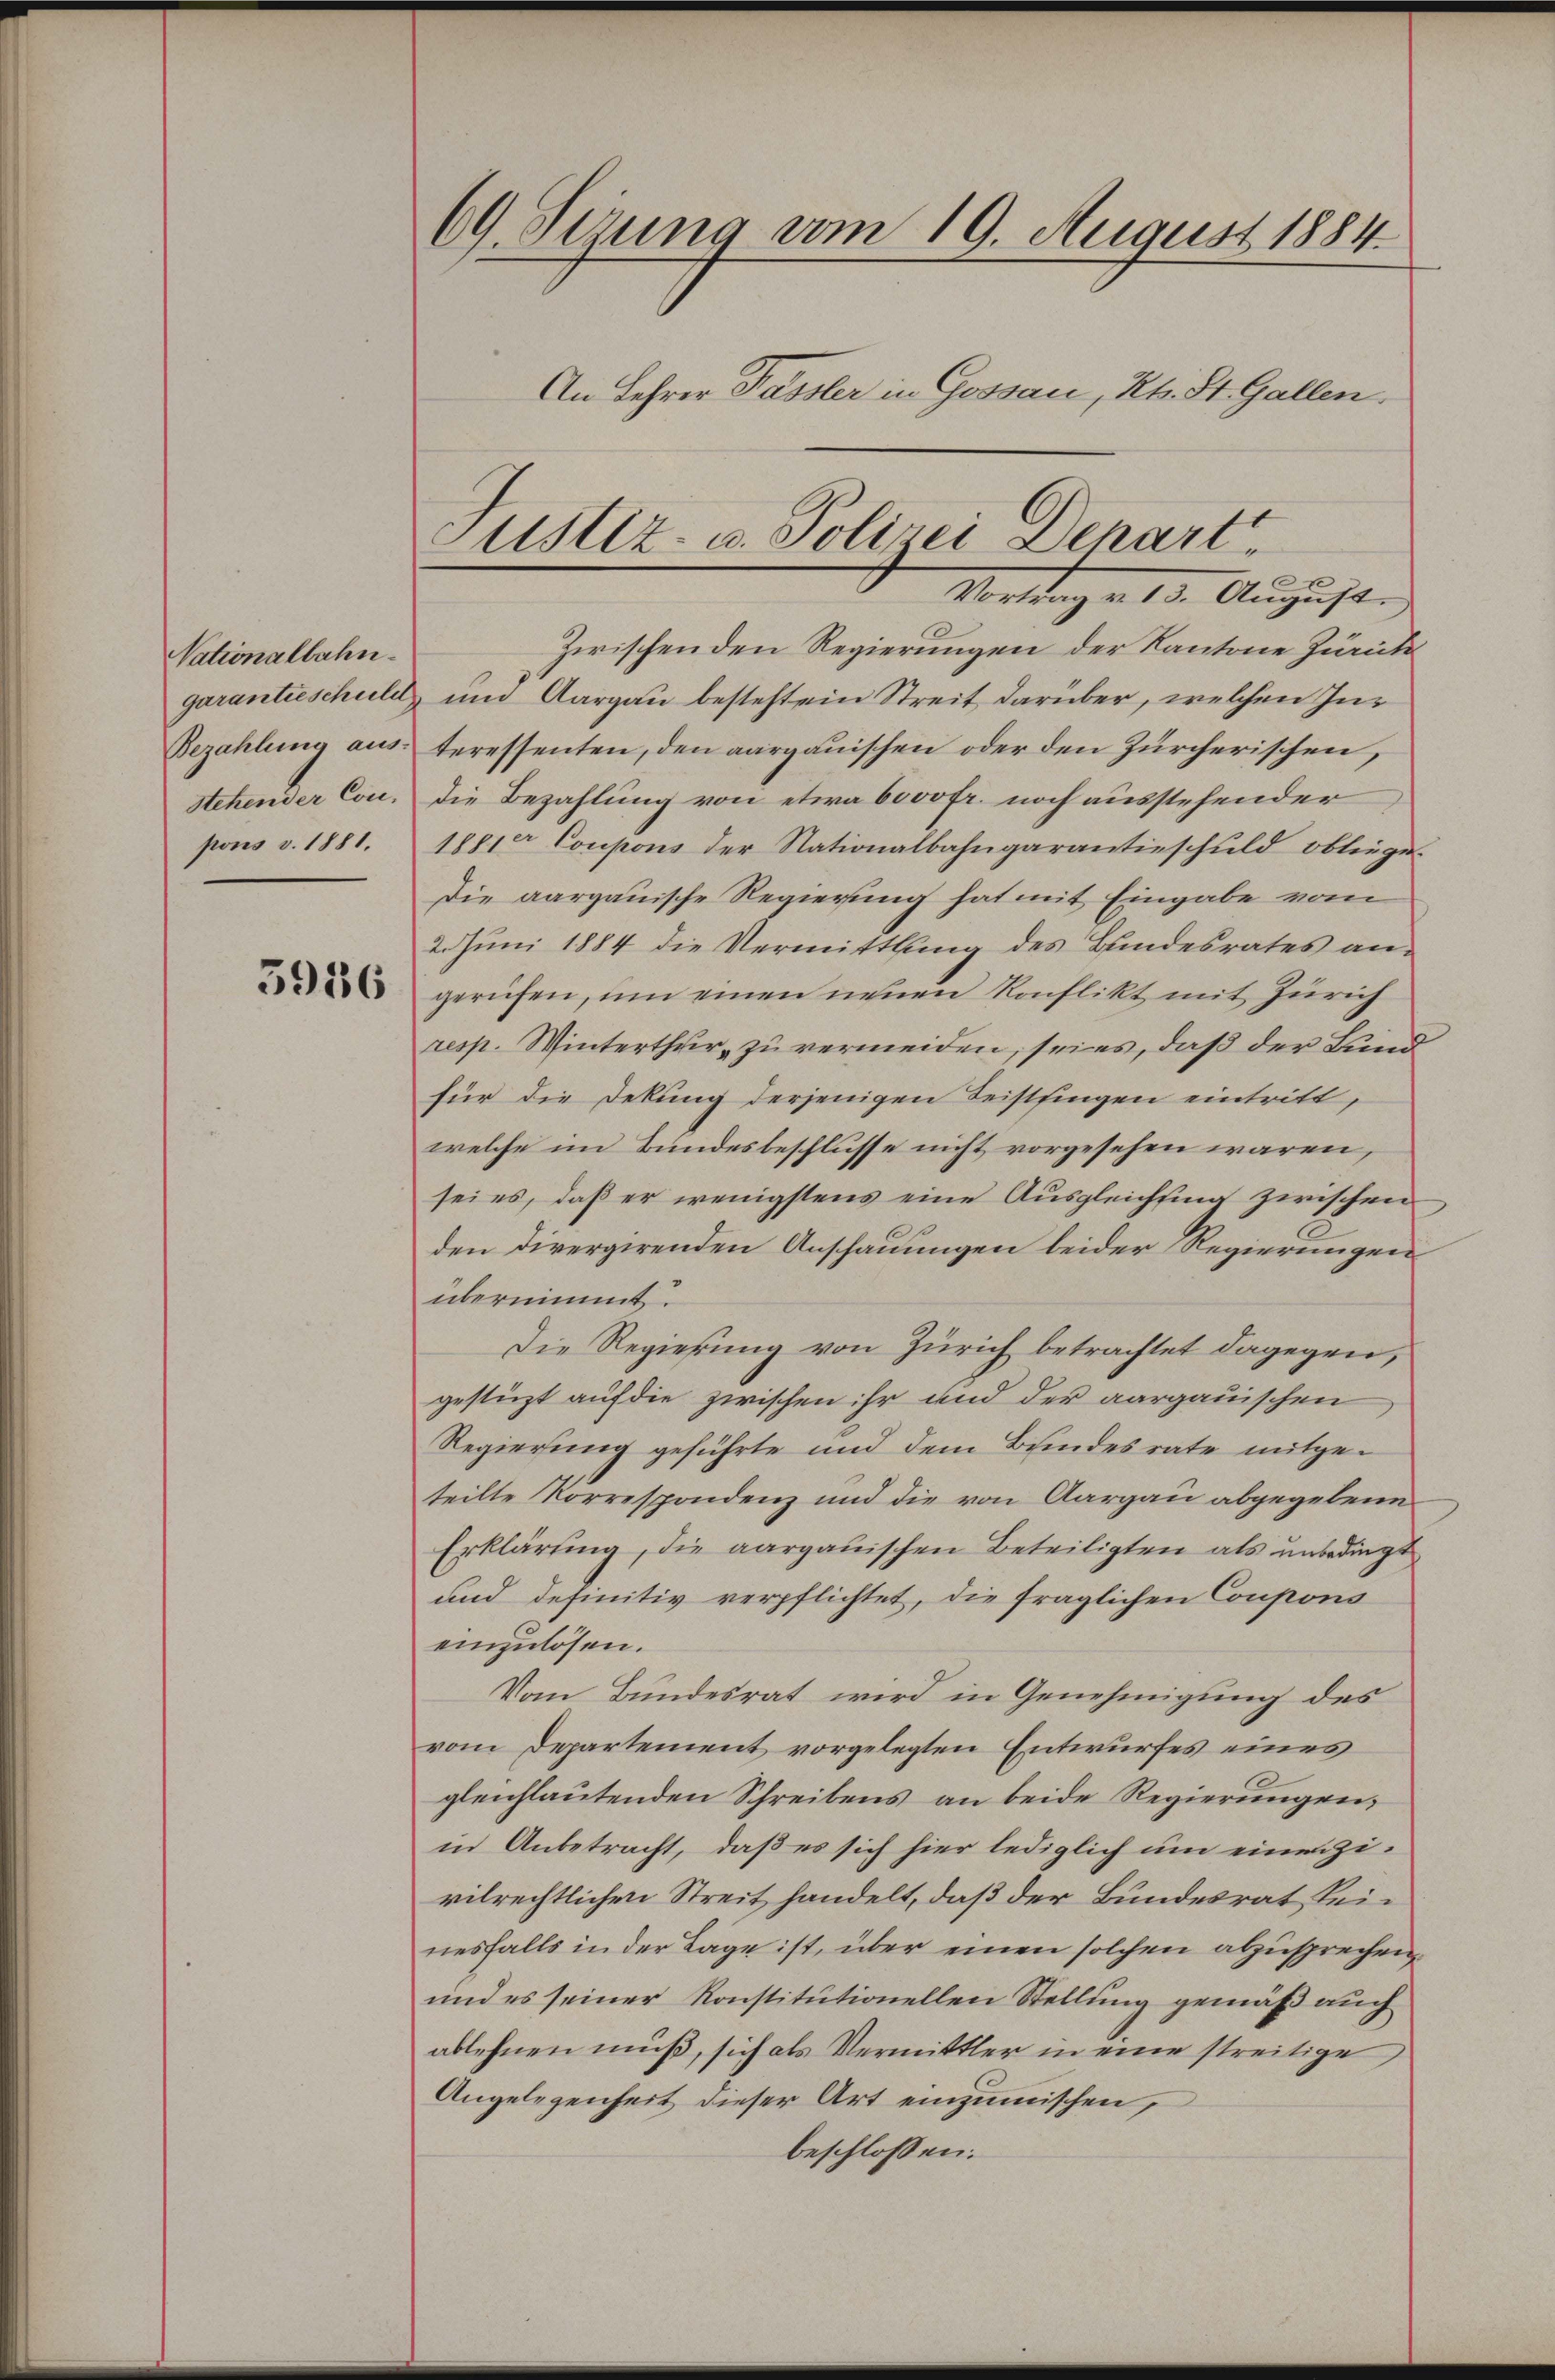
Nationalbahn.
Bezahlung aus:
stehender Conpons v. 1881.

5936

69. Sizung vom 19. August 1884.
An Lehrer Fassler in Gossau, Kts. St. Gallen.

Zwischenden Regierungen der Kantone Zürich
garantieschule und Aargau besteht ein Streit darüber, welchen Interessenten, den aargauischen oder den Zürcherischen,
die Bezahlung von etwa 6000fr. noch ausstehender
1881er Coupons der Nationalbahngarantieschuld obliege.
Die aargauische Regierung hat mit Eingabe vom
2. Juni 1884 die Vermittlung des Bundesrates angerufen, um einen neuen Konflikt mit Zürich
resp. Winterthur zu vermeiden, sei es, daß der Bund
für die Dekung derjenigen Leistsingen eintritt,
welche im Bundesbeschlusse nicht vorgesehen wären,
sei es, daß er wenigstens eine Ausgleichtung zwischen
den divergirenden Anschauungen beider Regierungen
übernimmt.
Die Regierung von Zürich betrachtet dagegen,
gestüzt auf die zwischen ihr und der aargauischen
Regierung geführte und dem Bundesrate mitgeteilte Korrespondenz und die von Aargau abgegebene
Erklärung, die aargauischen Beteiligten als unbedingt
und definitiv verpflichtet, die fraglichen Coupons
einzulösen.
Vom Bundesrat wird in Genehmigung des
vom Departement vorgelegten Entwurfes eines
gleichlautenden Schreibens an beide Regierungen,
in Anbetracht, daß es sich hier lediglich um einen Zivilrechtlichen Streit handelt, daß der Bundesrat seinesfalls in der Lage ist, über einen solchen abzusprechen,
und es seiner Konstitutionellen Stellung gemäß auch
ablehnen muß, sich als Vermittler in eine streitige
Angelegenheit dieser Art einzumischen,
beschlossen:

Justiz- u. Polizei Depart
Meldung v. 13. August.